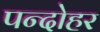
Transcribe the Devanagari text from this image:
पन्दोहर